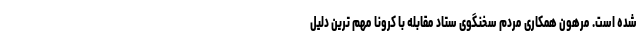
شده است. مرهون همکاری مردم سخنگوی ستاد مقابله با کرونا مهم ترین دلیل